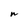
Character: n